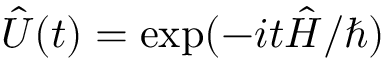
\hat { U } ( t ) = \exp ( - i t \hat { H } / \hbar )